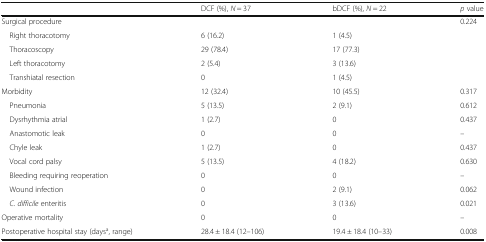
<table><thead><tr><td></td><td><b>DCF (%), <i>N</i> = 37</b></td><td><b>bDCF (%), <i>N</i> = 22</b></td><td><b><i>p</i> value</b></td></tr></thead><tbody><tr><td>Surgical procedure</td><td></td><td></td><td>0.224</td></tr><tr><td> Right thoracotomy</td><td>6 (16.2)</td><td>1 (4.5)</td><td></td></tr><tr><td> Thoracoscopy</td><td>29 (78.4)</td><td>17 (77.3)</td><td></td></tr><tr><td> Left thoracotomy</td><td>2 (5.4)</td><td>3 (13.6)</td><td></td></tr><tr><td> Transhiatal resection</td><td>0</td><td>1 (4.5)</td><td></td></tr><tr><td>Morbidity</td><td>12 (32.4)</td><td>10 (45.5)</td><td>0.317</td></tr><tr><td> Pneumonia</td><td>5 (13.5)</td><td>2 (9.1)</td><td>0.612</td></tr><tr><td> Dysrhythmia atrial</td><td>1 (2.7)</td><td>0</td><td>0.437</td></tr><tr><td> Anastomotic leak</td><td>0</td><td>0</td><td>–</td></tr><tr><td> Chyle leak</td><td>1 (2.7)</td><td>0</td><td>0.437</td></tr><tr><td> Vocal cord palsy</td><td>5 (13.5)</td><td>4 (18.2)</td><td>0.630</td></tr><tr><td> Bleeding requiring reoperation</td><td>0</td><td>0</td><td>–</td></tr><tr><td> Wound infection</td><td>0</td><td>2 (9.1)</td><td>0.062</td></tr><tr><td> <i>C</i>. <i>difficile</i> enteritis</td><td>0</td><td>3 (13.6)</td><td>0.021</td></tr><tr><td>Operative mortality</td><td>0</td><td>0</td><td>–</td></tr><tr><td>Postoperative hospital stay (days<sup>a</sup>, range)</td><td>28.4 ± 18.4 (12–106)</td><td>19.4 ± 18.4 (10–33)</td><td>0.008</td></tr></tbody></table>